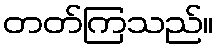
တတ်ကြသည်။